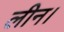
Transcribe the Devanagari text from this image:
लीन।